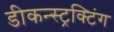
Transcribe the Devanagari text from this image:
डीकन्स्ट्रक्टिंग